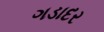
ગડાદર